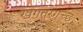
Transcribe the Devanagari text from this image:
खगतरगच्छ